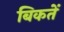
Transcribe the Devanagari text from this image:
बिकतें